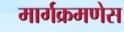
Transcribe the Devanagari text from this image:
मार्गक्रमणेस